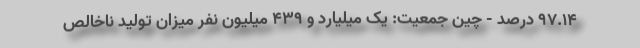
۹۷.۱۴ درصد - چین جمعیت: یک میلیارد و ۴۳۹ میلیون نفر میزان تولید ناخالص